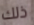
ذلك